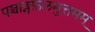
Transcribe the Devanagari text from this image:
पञ्चाङ्गफ़लमुत्तमम्